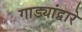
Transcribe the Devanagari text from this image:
गाड्यांद्वारे